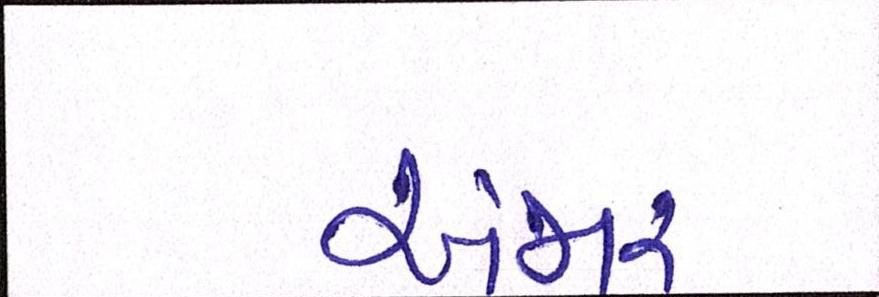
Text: અંજાર